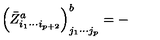
\left( \bar { Z } _ { i _ { 1 } \cdots i _ { p + 2 } } ^ { a } \right) _ { j _ { 1 } \cdots j _ { p } } ^ { b } = -